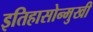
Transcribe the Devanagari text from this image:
इतिहासोन्मुखी